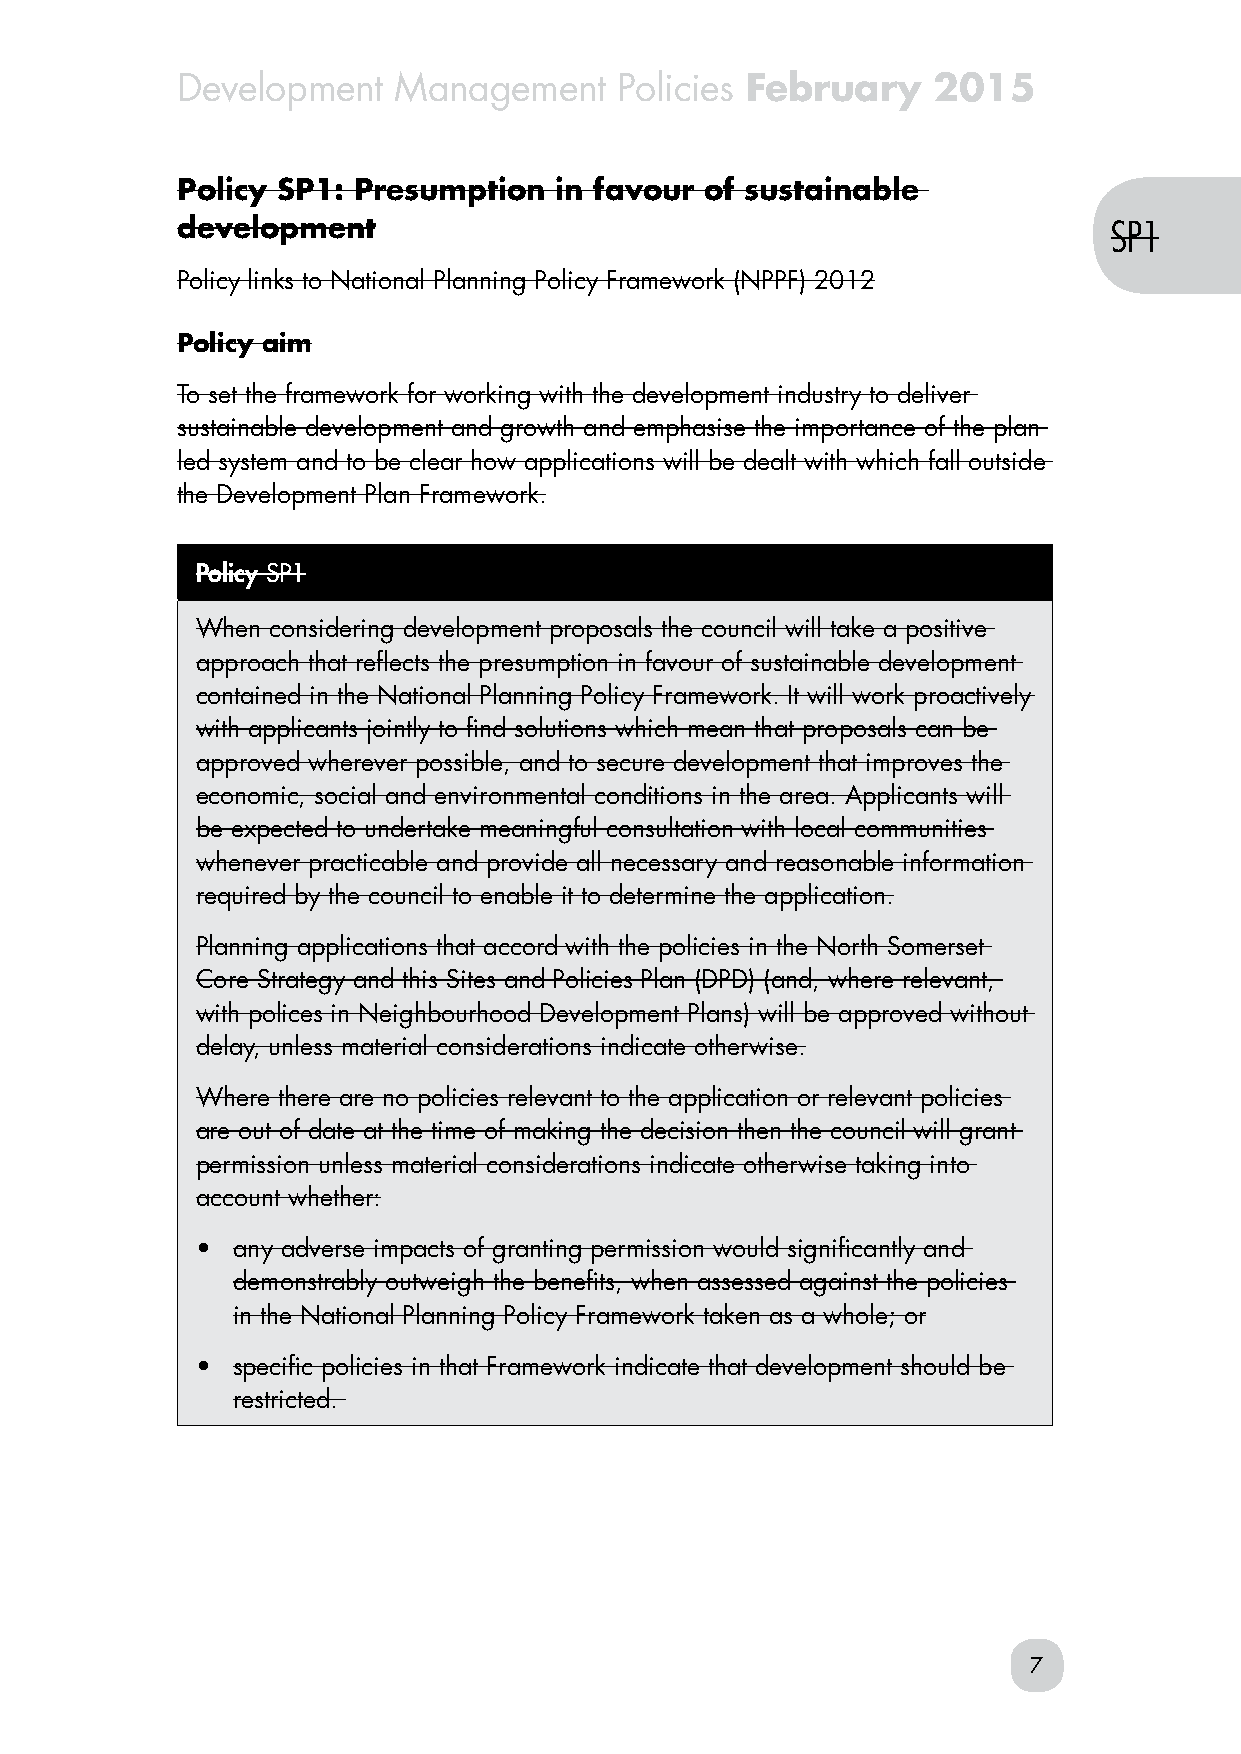
Development   Management     Policies February    2015
 Policy SP1: Presumption  in favour of sustainable
 development                                                   SP1
 Policy links to National Planning Policy Framework (NPPF) 2012
 Policy aim
 To set the framework for working with the development industry to deliver
 sustainable development and growth and emphasise the importance of the plan
 led system and to be clear how applications will be dealt with which fall outside
 the Development Plan Framework.
 Policy SP1
 When considering development proposals the council will take a positive
 approach that reflects the presumption in favour of sustainable development
 contained in the National Planning Policy Framework. It will work proactively
 with applicants jointly to find solutions which mean that proposals can be
 approved wherever possible, and to secure development that improves the
 economic, social and environmental conditions in the area. Applicants will
 be expected to undertake meaningful consultation with local communities
 whenever practicable and provide all necessary and reasonable information
 required by the council to enable it to determine the application.
 Planning applications that accord with the policies in the North Somerset
 Core Strategy and this Sites and Policies Plan (DPD) (and, where relevant,
 with polices in Neighbourhood Development Plans) will be approved without
 delay, unless material considerations indicate otherwise.
 Where there are no policies relevant to the application or relevant policies
 are out of date at the time of making the decision then the council will grant
 permission unless material considerations indicate otherwise taking into
 account whether:
 • any adverse impacts of granting permission would significantly and
 demonstrably outweigh the benefits, when assessed against the policies
 in the National Planning Policy Framework taken as a whole; or
 • specific policies in that Framework indicate that development should be
 restricted.
 7